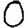
Digit: 0